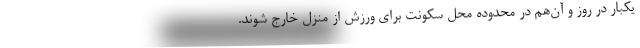
یکبار در روز و آن‌هم در محدوده محل سکونت برای ورزش از منزل خارج شوند.